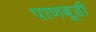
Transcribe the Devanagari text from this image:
पाणबूडी